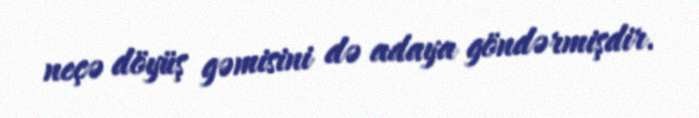
neçə döyüş gəmisini də adaya göndərmişdir.